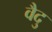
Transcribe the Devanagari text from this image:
वैदु